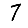
Digit: 7